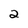
Character: 2